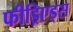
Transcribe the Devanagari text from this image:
फीड्रिएड्स